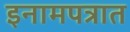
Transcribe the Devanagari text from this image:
इनामपत्रात